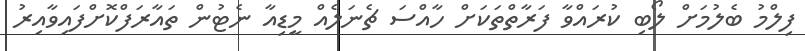
ފިލްމު ބެލުމަށް ލޯބި ކުރައްވާ ފަރާތްތަކަށް ހާއްސަ ޗެނަލެއް މީޑިއާ ނެޓުން ތައާރަފްކޮށްފައިވާއިރު